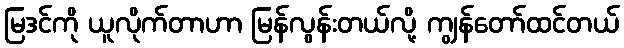
မြဒင်ကို ယူလိုက်တာဟာ မြန်လွန်းတယ်လို့ ကျွန်တော်ထင်တယ်